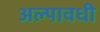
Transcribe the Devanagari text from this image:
अल्पावधी